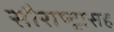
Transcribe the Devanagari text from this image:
सौराष्ट्रासह